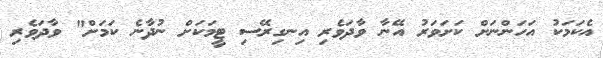
އެކަމަކު އަހަންނަށް ކަށަވަރު އޭނާ ވާދަވެރި އިނގިރޭސި ޓީމަކަށް ނުދާނެ ކަމަށް" ވާދަވެރި